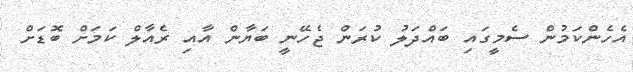
އެހެންކަމުން ސެމީގައި ބައްދަލު ކުރަން ޖެހޭނީ ބަޔާން އާއި ރެއާލް ކަމަށް ބޮޑަށް